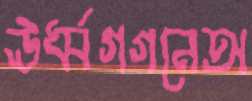
ঊর্ধ্বগগনেঅ